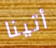
أتينا